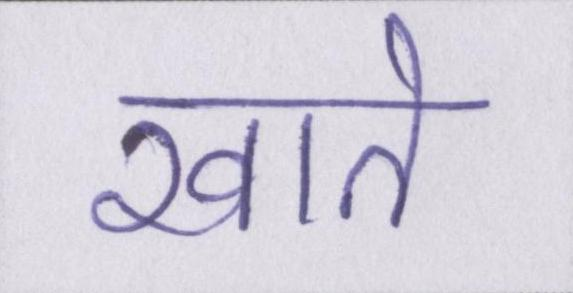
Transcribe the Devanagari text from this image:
खाते